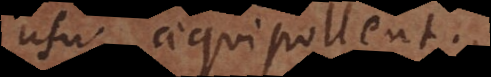
usu aequipollent